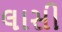
લાસી